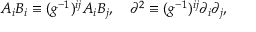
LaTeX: A _ { i } B _ { i } \equiv ( g ^ { - 1 } ) ^ { i j } A _ { i } B _ { j } , \quad \partial ^ { 2 } \equiv ( g ^ { - 1 } ) ^ { i j } \partial _ { i } \partial _ { j } ,